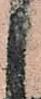
申